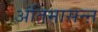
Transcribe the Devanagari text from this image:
अंतिमासन्ऩ